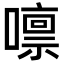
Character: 𡀀